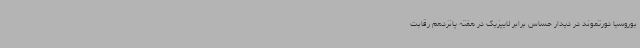
بوروسیا دورتموند در دیدار حساس برابر لایپزیگ در هفته پانزدهم رقابت